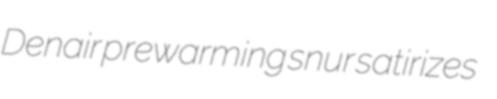
Denair prewarming snur satirizes